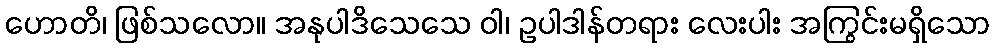
ဟောတိ၊ ဖြစ်သလော။ အနုပါဒိသေသေ ဝါ၊ ဥပါဒါန်တရား လေးပါး အကြွင်းမရှိသော